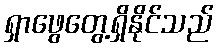
ရှာဖွေတွေ့ရှိနိုင်သည်